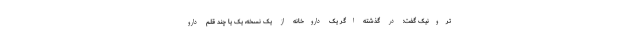
ترونیک گفت: در گذشته اگر یک داروخانه از یک نسخه، یک یا چند قلم دارو